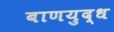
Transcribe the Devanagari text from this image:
बाणयुद्ध